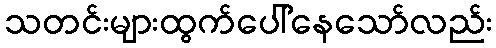
သတင်းများထွက်ပေါ်နေသော်လည်း